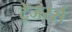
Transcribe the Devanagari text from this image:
ट्रेजरर्स